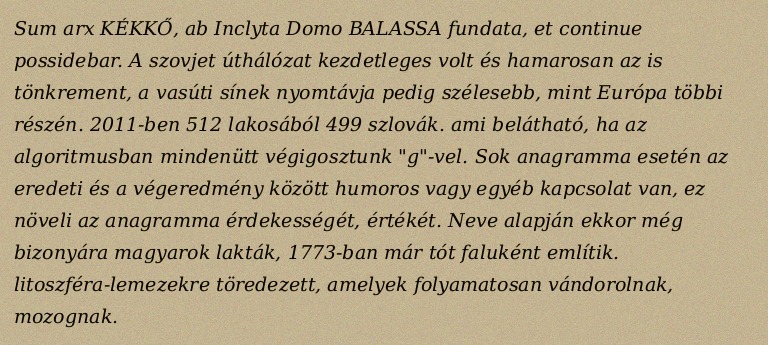
Sum arx KÉKKŐ, ab Inclyta Domo BALASSA fundata, et continue possidebar. A szovjet úthálózat kezdetleges volt és hamarosan az is tönkrement, a vasúti sínek nyomtávja pedig szélesebb, mint Európa többi részén. 2011-ben 512 lakosából 499 szlovák. ami belátható, ha az algoritmusban mindenütt végigosztunk "g"-vel. Sok anagramma esetén az eredeti és a végeredmény között humoros vagy egyéb kapcsolat van, ez növeli az anagramma érdekességét, értékét. Neve alapján ekkor még bizonyára magyarok lakták, 1773-ban már tót faluként említik. litoszféra-lemezekre töredezett, amelyek folyamatosan vándorolnak, mozognak.